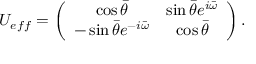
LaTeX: U _ { e f f } = \left( \begin{array} { c c } { { \cos \bar { \theta } } } & { { \sin \bar { \theta } e ^ { i \bar { \omega } } } } \\ { { - \sin \bar { \theta } e ^ { - i \bar { \omega } } } } & { { \cos \bar { \theta } } } \end{array} \right) .